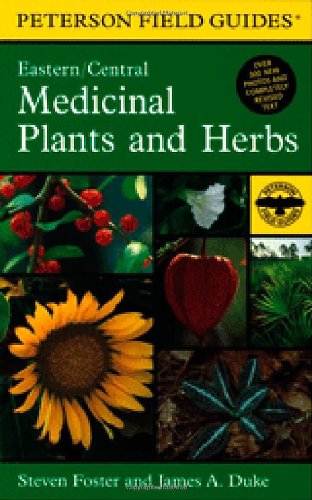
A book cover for A Field Guide to Medicinal Plants and Herbs: Of Eastern and Central North America (Peterson Field Guides); Steven Foster; Health, Fitness & Dieting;